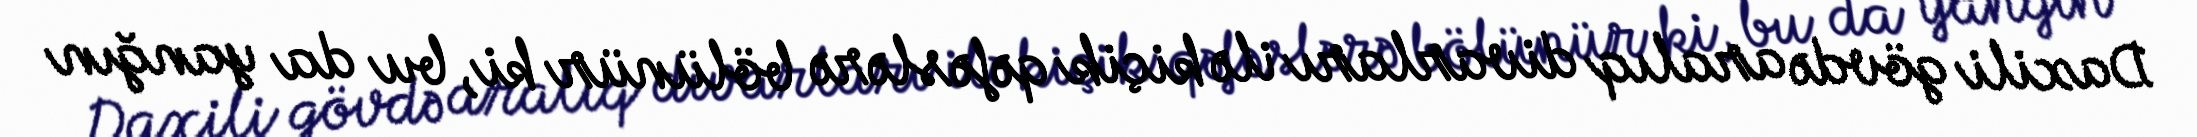
Daxili gövdə aralıq divarları ilə kiçik qəfəslərə bölünür ki, bu da yanğın